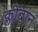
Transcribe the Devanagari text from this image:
क्लीबान